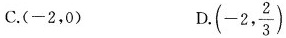
C.(-2，0) D.(-2, \frac{2}{3})